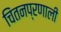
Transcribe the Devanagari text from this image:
चिंतनप्रणाली